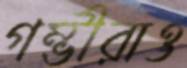
গম্ভীরাও